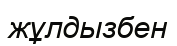
жұлдызбен